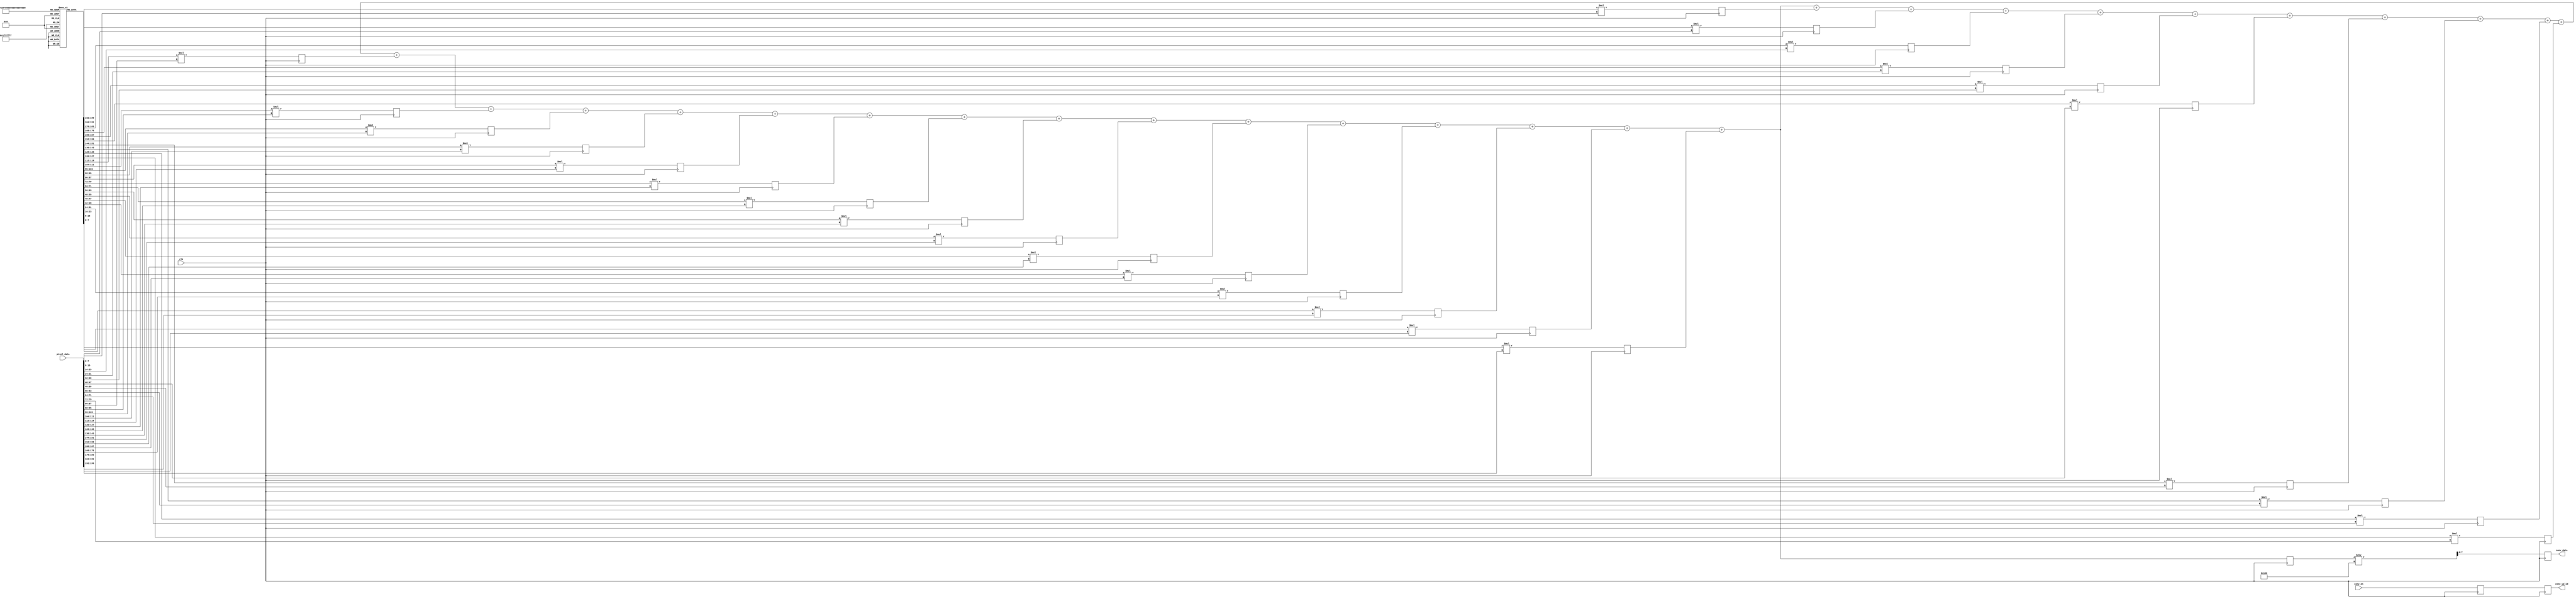
// convolution of 5x5 kernal for Gaussian blur

module convolution (
input clk,
input [199:0] pixel_data,
input conv_en,
output reg [7:0] conv_data,
output reg conv_valid
);

integer index;
reg [7:0] kernal [24:0]; // 5x5 kernal
reg [15:0] mult_data [24:0];
reg [15:0] sum_data = 0;
reg [15:0] final_data;
reg mult_valid, add_valid;

initial // sets the gaussian kernal value
begin
	kernal[0] = 8'd1;
	kernal[1] = 8'd4;
	kernal[2] = 8'd6;
	kernal[3] = 8'd4;
	kernal[4] = 8'd1;
	kernal[5] = 8'd4;
	kernal[6] = 8'd16;
	kernal[7] = 8'd24;
	kernal[8] = 8'd16;
	kernal[9] = 8'd4;
	kernal[10] = 8'd6;
	kernal[11] = 8'd24;
	kernal[12] = 8'd36;
	kernal[13] = 8'd24;
	kernal[14] = 8'd6;
	kernal[15] = 8'd4;
	kernal[16] = 8'd16;
	kernal[17] = 8'd24;
	kernal[18] = 8'd16;
	kernal[19] = 8'd4;
	kernal[20] = 8'd1;
	kernal[21] = 8'd4;
	kernal[22] = 8'd6;
	kernal[23] = 8'd4;
	kernal[24] = 8'd1;
end

always @(posedge clk)
begin
	for(index = 0; index < 25; index = index + 1)
	begin
		mult_data[index] <= kernal[index] * pixel_data[index*8+:8];
	end
	mult_valid <= conv_en;
end


always @(*)
begin
	for(index = 0; index < 25; index = index + 1)
	begin
		sum_data = sum_data + mult_data[index];
	end
	add_valid <= mult_valid;
end


always @(posedge clk)
begin
	final_data <= sum_data;
end

always @(posedge clk)
begin
	conv_data <= final_data/256;
	conv_valid <= add_valid;
end

endmodule